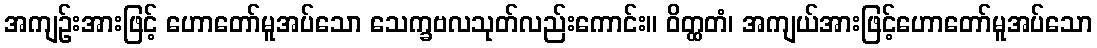
အကျဉ်းအားဖြင့် ဟောတော်မူအပ်သော သေက္ခဗလသုတ်လည်းကောင်း။ ဝိတ္ထတံ၊ အကျယ်အားဖြင့်ဟောတော်မူအပ်သော